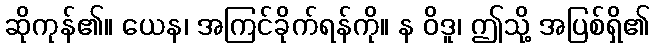
ဆိုကုန်၏။ ယေန၊ အကြင်ခိုက်ရန်ကို။ န ဝိဒူ၊ ဤသို့ အပြစ်ရှိ၏